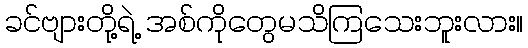
ခင်ဗျားတို့ရဲ့ အစ်ကိုတွေမသိကြသေးဘူးလား။